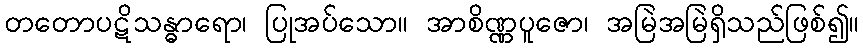
တတောပဋိသန္ဓာရော၊ ပြုအပ်သော။ အာစိဏ္ဏပူဇော၊ အမြဲအမြဲရှိသည်ဖြစ်၍။